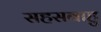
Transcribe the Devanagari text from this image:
सहसबाहु